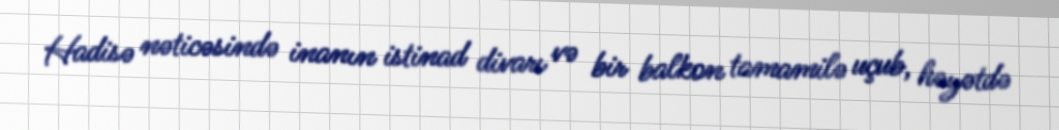
Hadisə nəticəsində inanın istinad divarı və bir balkon tamamilə uçub, həyətdə